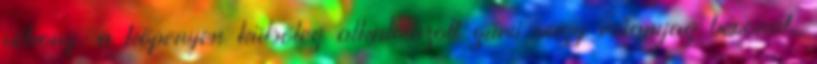
vékony, a köpenyen külsõleg alkalmazott gumi vagy mûanyag bevonat,